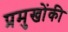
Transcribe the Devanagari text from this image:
प्रमुखोंकी